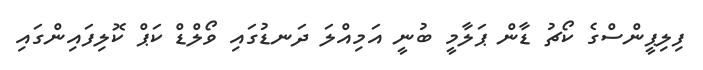
ފިލިޕީންސްގެ ކޯޗު ޑާން ޕަލާމީ ބުނީ އަމިއްލަ ދަނޑުގައި ވޯލްޑް ކަޕް ކޮލިފައިންގައި